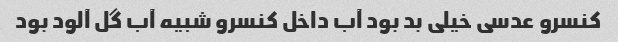
کنسرو عدسی خیلی بد بود آب داخل کنسرو شبیه آب گل آلود بود